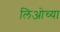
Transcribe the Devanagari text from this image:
लिओच्या